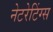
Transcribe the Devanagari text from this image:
नेटरेटिंग्स